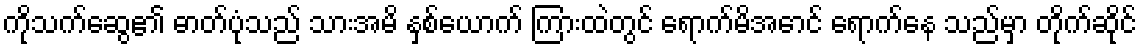
ကိုသက်ဆွေ၏ ဓာတ်ပုံသည် သားအမိ နှစ်ယောက် ကြားထဲတွင် ရောက်မိအောင် ရောက်နေ သည်မှာ တိုက်ဆိုင်